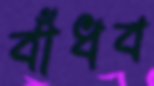
বাঁধব